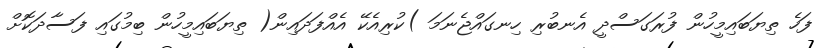
ފަހެ ތިޔަބައިމީހުން ފުރަގަސްދީ އެނބުރި ހިނގައްޖެނަމަ )ކުރިއެކޭ އެއްފަދައިން( ތިޔަބައިމީހުން ބިމުގައި ފަސާދަކޮށް